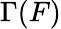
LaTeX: \Gamma(F)